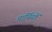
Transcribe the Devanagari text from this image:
प्रार्थियों